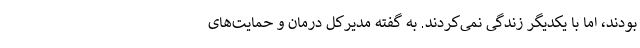
بودند، اما با یکدیگر زندگی نمی‌کردند. به گفته مدیرکل درمان و حمایت‌های